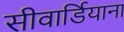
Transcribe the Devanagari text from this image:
सीवार्डियाना